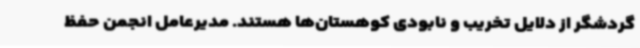
گردشگر از دلایل تخریب و نابودی کوهستان‌ها هستند. مدیرعامل انجمن حفظ